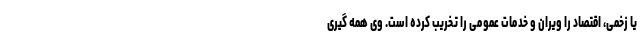
یا زخمی، اقتصاد را ویران و خدمات عمومی را تخریب کرده است. وی همه گیری